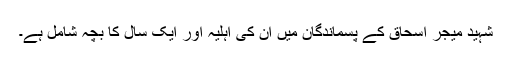
شہید میجر اسحاق کے پسماندگان میں ان کی اہلیہ اور ایک سال کا بچہ شامل ہے۔